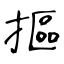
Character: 摳